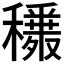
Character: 𥣾